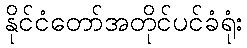
နိုင်ငံတော်အတိုင်ပင်ခံရုံး